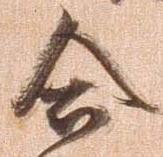
合